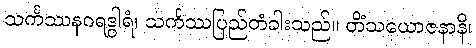
သင်္ကဿနဂရဒွါရံ၊ သင်္ကဿပြည်တံခါးသည်။ တိံသယောဇနာနိ၊